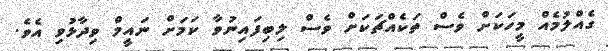
ގެއްލުމެއް މީހަކަށް ވެސް ތަކެއްޗަކަށް ވެސް ލިބިފައިނުވާ ކަމަށް ނައީމް ވިދާޅުވި އެވެ.